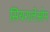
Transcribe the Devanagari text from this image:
सियरालेओन